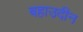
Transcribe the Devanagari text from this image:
बहाउदीन